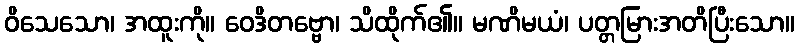
ဝိသေသော၊ အထူးကို။ ဝေဒိတဗ္ဗော၊ သိထိုက်၏။ မဏိမယံ၊ ပတ္တမြားအတိပြီးသော။